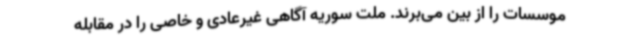
موسسات را از بین می‌برند. ملت سوریه آگاهی غیرعادی و خاصی را در مقابله